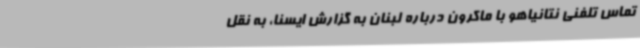
تماس تلفنی نتانیاهو با ماکرون درباره لبنان به گزارش ایسنا، به نقل